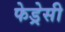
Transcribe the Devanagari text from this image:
फेड्रेसी